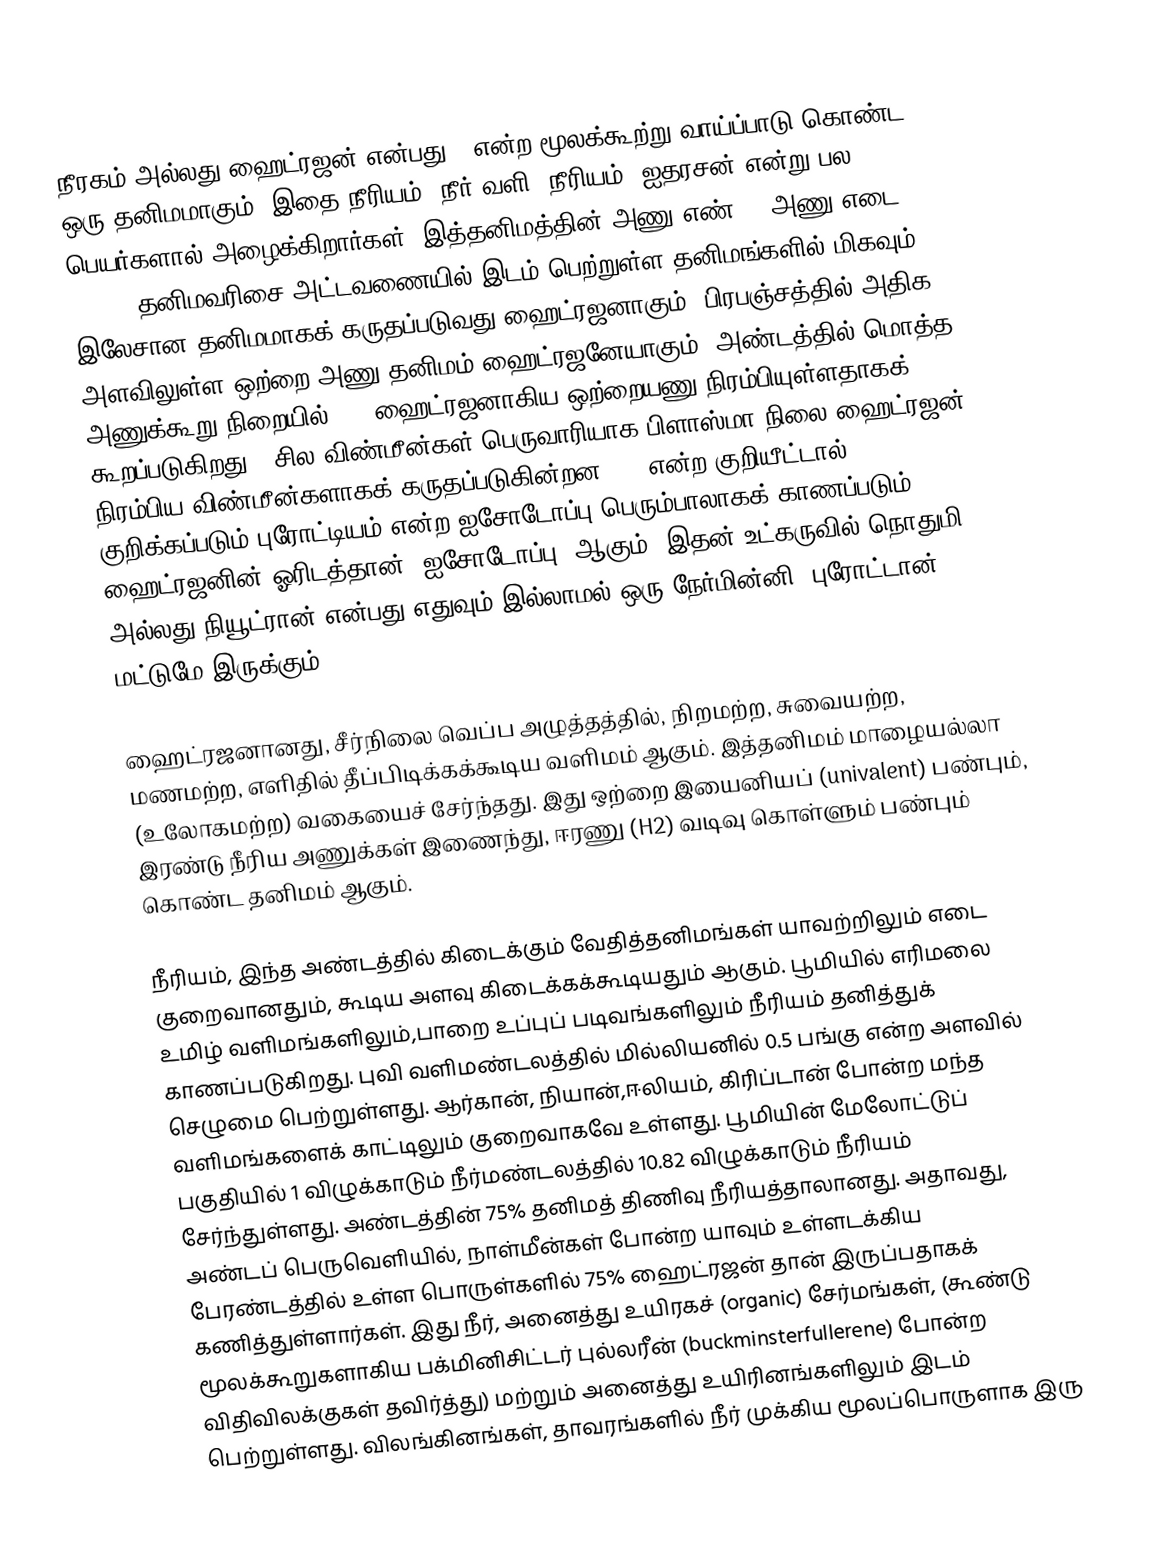
நீரகம் அல்லது  ஹைட்ரஜன் என்பது H  என்ற மூலக்கூற்று வாய்ப்பாடு கொண்ட ஒரு தனிமமாகும். இதை நீரியம், நீர் வளி, நீரியம், ஐதரசன் என்று பல பெயர்களால் அழைக்கிறார்கள். இத்தனிமத்தின் அணு எண் 1, அணு எடை 1.008. தனிமவரிசை அட்டவணையில் இடம் பெற்றுள்ள தனிமங்களில் மிகவும் இலேசான தனிமமாகக் கருதப்படுவது ஹைட்ரஜனாகும். பிரபஞ்சத்தில் அதிக அளவிலுள்ள ஒற்றை அணு தனிமம் ஹைட்ரஜனேயாகும். அண்டத்தில் மொத்த அணுக்கூறு நிறையில் 75% ஹைட்ரஜனாகிய ஒற்றையணு நிரம்பியுள்ளதாகக் கூறப்படுகிறது . சில விண்மீன்கள் பெருவாரியாக பிளாஸ்மா நிலை ஹைட்ரஜன் நிரம்பிய விண்மீன்களாகக் கருதப்படுகின்றன. 1H என்ற குறியீட்டால் குறிக்கப்படும் புரோட்டியம் என்ற ஐசோடோப்பு பெரும்பாலாகக் காணப்படும் ஹைட்ரஜனின் ஓரிடத்தான் (ஐசோடோப்பு) ஆகும். இதன் உட்கருவில் நொதுமி அல்லது நியூட்ரான் என்பது எதுவும் இல்லாமல் ஒரு நேர்மின்னி (புரோட்டான்) மட்டுமே இருக்கும்.

ஹைட்ரஜனானது, சீர்நிலை வெப்ப அழுத்தத்தில், நிறமற்ற, சுவையற்ற, மணமற்ற, எளிதில் தீப்பிடிக்கக்கூடிய வளிமம் ஆகும். இத்தனிமம் மாழையல்லா (உலோகமற்ற) வகையைச் சேர்ந்தது. இது ஒற்றை இயைனியப் (univalent) பண்பும், இரண்டு நீரிய அணுக்கள் இணைந்து, ஈரணு (H2) வடிவு கொள்ளும் பண்பும் கொண்ட தனிமம் ஆகும்.

நீரியம், இந்த அண்டத்தில் கிடைக்கும் வேதித்தனிமங்கள் யாவற்றிலும் எடை குறைவானதும், கூடிய அளவு கிடைக்கக்கூடியதும் ஆகும். பூமியில் எரிமலை உமிழ் வளிமங்களிலும்,பாறை உப்புப் படிவங்களிலும் நீரியம் தனித்துக் காணப்படுகிறது. புவி வளிமண்டலத்தில் மில்லியனில் 0.5 பங்கு என்ற அளவில் செழுமை பெற்றுள்ளது. ஆர்கான், நியான்,ஈலியம், கிரிப்டான் போன்ற மந்த வளிமங்களைக் காட்டிலும் குறைவாகவே உள்ளது. பூமியின் மேலோட்டுப் பகுதியில் 1 விழுக்காடும் நீர்மண்டலத்தில் 10.82 விழுக்காடும் நீரியம் சேர்ந்துள்ளது. அண்டத்தின் 75% தனிமத் திணிவு நீரியத்தாலானது. அதாவது, அண்டப் பெருவெளியில், நாள்மீன்கள் போன்ற யாவும் உள்ளடக்கிய பேரண்டத்தில் உள்ள பொருள்களில் 75% ஹைட்ரஜன் தான் இருப்பதாகக் கணித்துள்ளார்கள். இது நீர், அனைத்து உயிரகச் (organic) சேர்மங்கள், (கூண்டு மூலக்கூறுகளாகிய பக்மினிசிட்டர் புல்லரீன் (buckminsterfullerene) போன்ற விதிவிலக்குகள் தவிர்த்து) மற்றும் அனைத்து உயிரினங்களிலும் இடம் பெற்றுள்ளது. விலங்கினங்கள், தாவரங்களில் நீர் முக்கிய மூலப்பொருளாக இரு